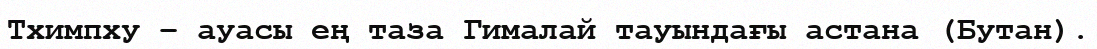
Тхимпху – ауасы ең таза Гималай тауындағы астана (Бутан).